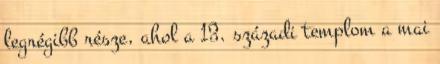
legrégibb része, ahol a 13. századi templom a mai